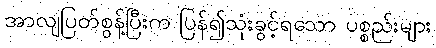
အာလျပြတ်စွန့်ပြီးက ပြန်၍သုံးခွင့်ရသော ပစ္စည်းများ